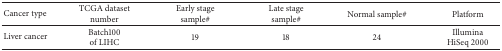
| Cancer type | TCGA dataset number | Early stage sample# | Late stage sample# | Normal sample# | Platform |
 | --- | --- | --- | --- | --- | --- |
 | Liver cancer | Batch100 of LIHC | 19 | 18 | 24 | Illumina HiSeq 2000 |